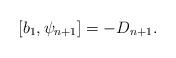
LaTeX: \begin{align*}[b_1,\psi_{n+1}]=-D_{n+1}.\end{align*}